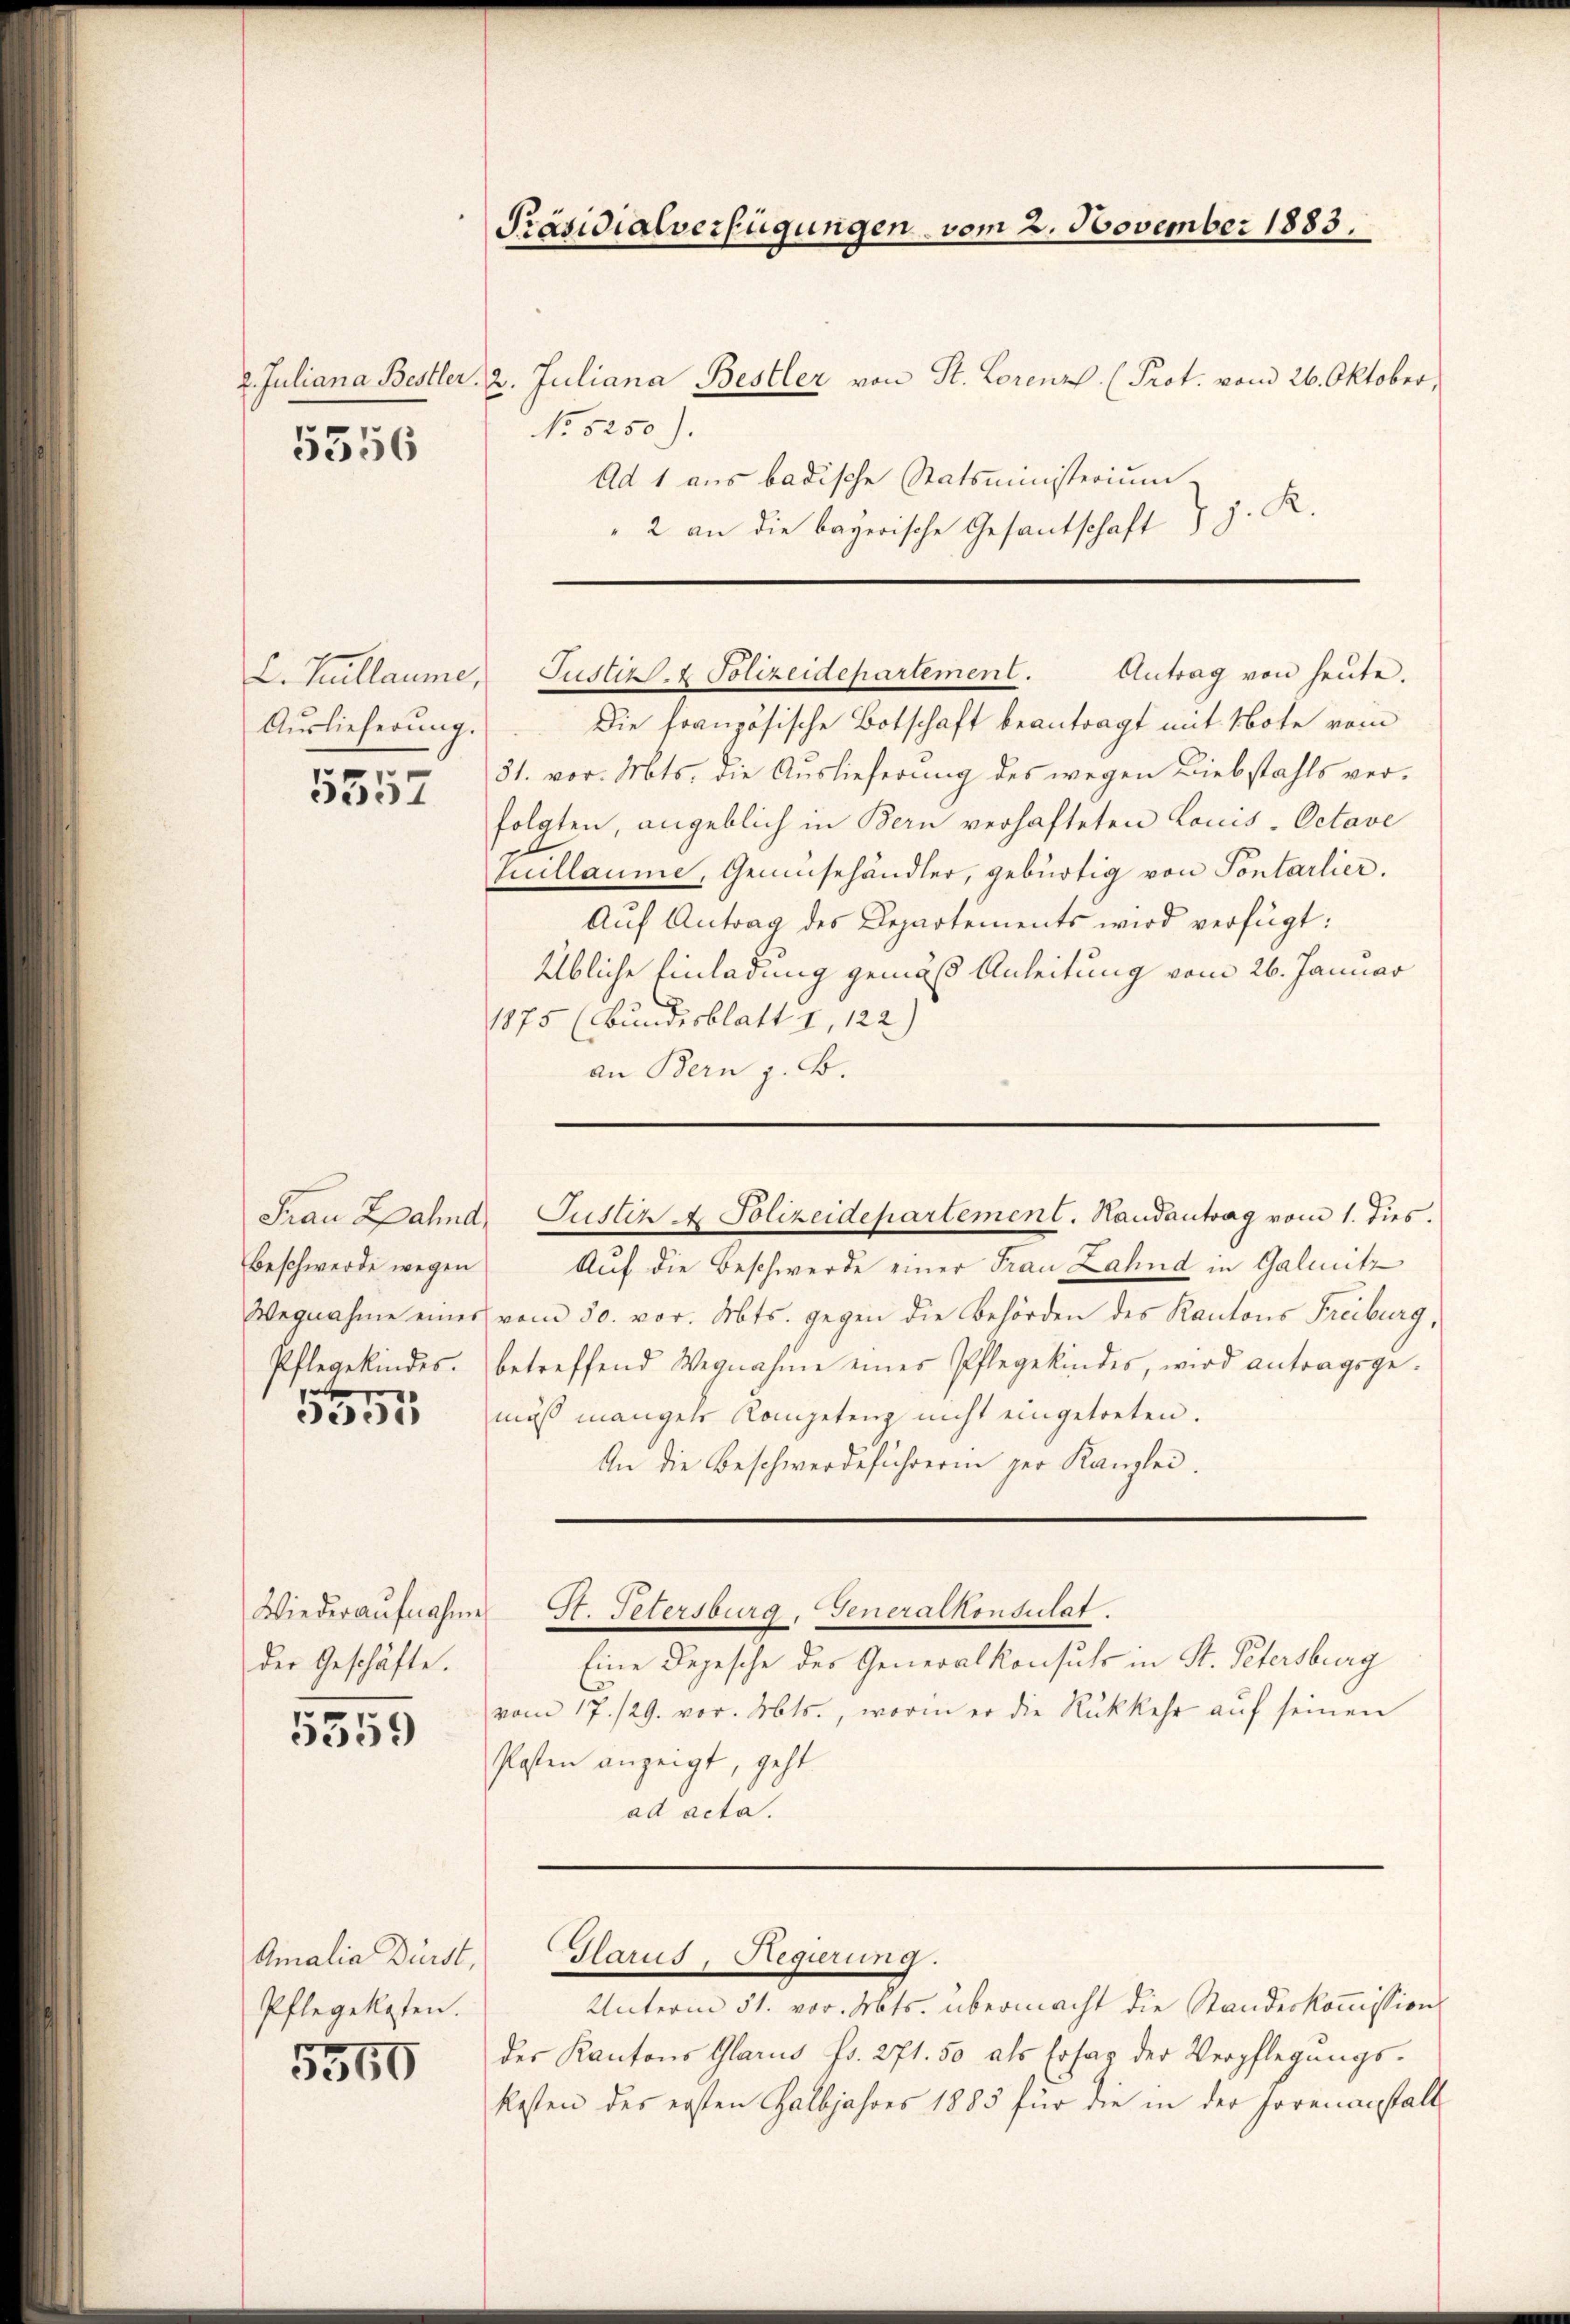
5356

C. Kallaume,
Auslieferung.

5557

Frau Zahna
Beschwerde wegen
e
335

der Geschäfte.

5359

Amalia Dürst,
Pflegellaten.
5560

Präsidialverfügungen vom 2. November 1883.

Die französische Botschaft beantragt mit Note vom
31. vor. Mts. die Auslieferung des wegen Diebstahls verfolgten, angeblich in Bern verhafteten Louis Octave
luillaume, Gemüsehändler, gebürtig von Sontarlier.
Aŭf Antrag des Departements wird verfügt:
Übliche Einladung gemäß Anleitung vom 26. Januar
1875 (Bundesblatt 1, 122)
an Bern z. B.

2. Juliana Bestler, 2. Juliana Bestler von St. Lorenz. (Prot. vom 26. Oktober,
No 5250).
Ad 1 aus badische Statsministerium
" 2 an die bayerische Gesantschaft J. J. R.

Antrag von heute.
Justiz- & Polizeidepartement.

Justiz & Polizeidepartement. Handantrag vom 1. dies.

Auf die Beschwerde einer Frau Zahnd in Galmitz
Wegnahme einer vom 30. vor. Mts. gegen die Behörden des Kantons Freiburg,
Pflegekindes. betreffend Wegnahme eines Pflegekindes, wird antragsge-
muss mangele Kompetenz nicht eingetreten.
An die Beschwerdeführerin der Kanzlei.

Eine Depesche des Generalkonsuls in St. Petersburg
vom 17./29. vor. Mts., worin er die Rückkehr aŭf seinen
Plasten anzeigt, geht.
ad acta.

Wiederaŭfnahme St. Petersburg, Generalkonsulat.

Unterm 31. vor. Mts. übermacht die Standeskommission
der Kantons Glarus fr. 271. 50 als Ersaz der Verpflegŭngs-
kosten des ersten Halbjahres 1885 für die in der Horenanstalt

Glarus, Regierung.